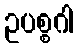
ဥပစ္စဂါ